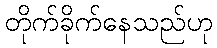
တိုက်ခိုက်နေသည်ဟု